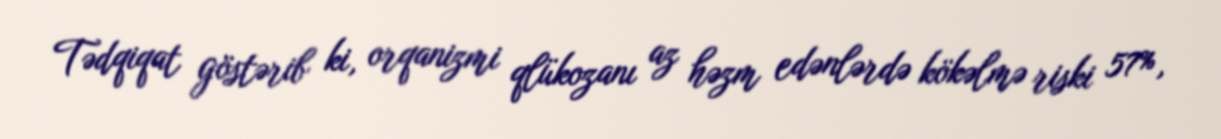
Tədqiqat göstərib ki, orqanizmi qlükozanı az həzm edənlərdə kökəlmə riski 57%,